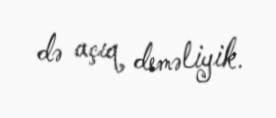
də açıq deməliyik.